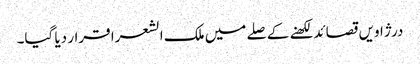
درژاویں قصائد لکھنے کے صلے میں ملک الشعرا قرار دیا گیا۔